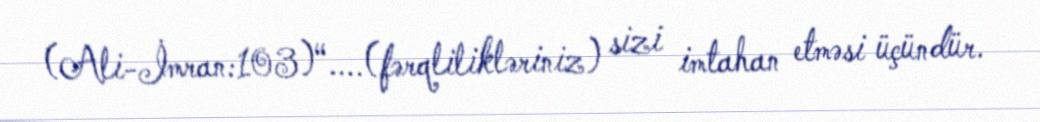
(Ali-İmran:103)“....(fərqlilikləriniz) sizi imtahan etməsi üçündür.